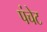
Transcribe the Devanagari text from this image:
पंचेट